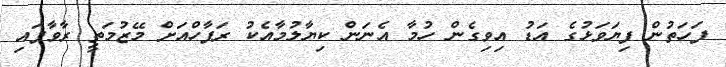
ފަހަތުން ފިޔަވަޅުގެ އަޑު އިވިގެން ހުމާ އެނަން ކިޔާލުމާއެކު ރަފާހްއަށް މޭޒުމަތީ ރާވާފައި